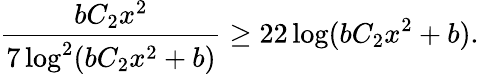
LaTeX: \frac{bC_{2}x^{2}}{7\log^{2}(bC_{2}x^{2}+b)}\geq 22\log(bC_{2}x^{2}+b).